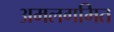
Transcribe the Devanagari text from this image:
अमलगमित